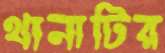
থানাটির